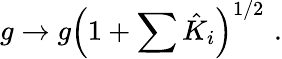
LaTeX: g\rightarrow g\left(1+\sum\hat{K}_{i}\right)^{1/2}\, \, .